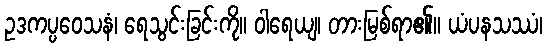
ဥဒကပ္ပဝေသနံ၊ ရေသွင်းခြင်းကို။ ဝါရေယျ၊ တားမြစ်ရာ၏။ ယံပနသဿံ၊